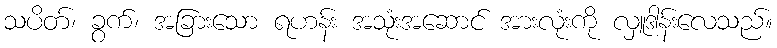
သပိတ်၊ ခွက်၊ အခြားသော ရဟန်း အသုံးအဆောင် အားလုံးကို လှူဒါန်းလေသည်။